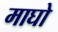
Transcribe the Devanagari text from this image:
माघो